Vaccine operations Central Provinces 1886-1899 - 1886-1899
Year: 1886
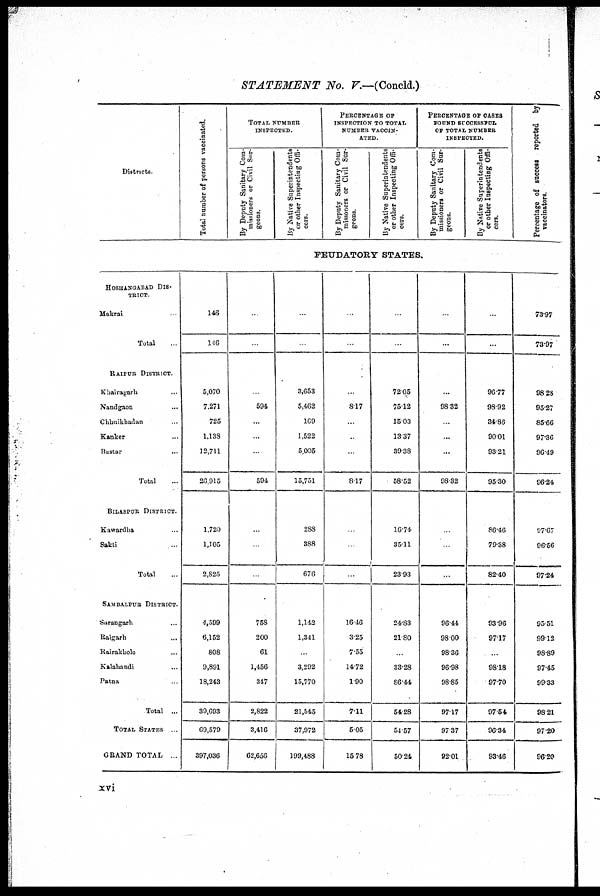
STATEMENT No. V.—(Concld.)
Districts
HOSHANGABAD DIS¬
TRICT.
Makrai ...
Total ...
RAIPUR DISTRICT.
Khairagarh ...
Nandgaon ...
Chhuikhadan ...
Kanker ...
Bastar ...
Total ...
BILASPUR DISTRICT.
Kawardha ...
Sakti ...
Total ...
SAMBALPUR DISTRICT.
Sarangarh ...
Raigarh ...
Rairakhole ...
Kalahandi ...
Patna ...
Total ...
TOTAL STATES . .
GRAND TOTAL ...
Total number of persons vaccinated.
TOTAL NUMBER
INSPECTED.
By Deputy Sanitary Com-
missioners or Civil Sur-
geons.
By Native Superintendents
or other Inspecting Offi¬
cers.
PERCENTAGE OF
INSPECTION TO TOTAL
NUMBER VACCIN-
ATED.
By Deputy Sanitary Com¬
missoners or Civil Sur-
geons.
By Native Superintendents
or other Inspecting Offi-
cers.
PERCENTAGE OF CASES
FOUND SUCCESSFUL
OF TOTAL NUMBER
INSPECTED.
By Deputy Sanitary Com-
missioners or Civil Sur-
geons.
By Native Superintendents
or other Inspecting Offi-
cers.
Percentage of success reported by
vaccinators.
FEUDATORY STATES.
146
146
5,070
7,271
725
1,138
12,711
26,915
1,720
1,105
2,825
4,599
6,152
808
9,891
18,243
39,693
69,579
397,036
...
...
594
...
...
...
594
...
...
...
758
200
61
1,456
347
2,822
3,416
62,656
...
...
3,653
5,462
109
1,522
5,005
15,751
288
388
676
1,142
1,341
...
3,292
15,770
21,545
37,972
199,488
...
...
...
817
...
...
...
8.17
...
...
...
16.46
3.25
7.55
14.72
1.90
7.11
5.05
15.78
...
...
72.05
75.12
15.03
13.37
39.38
58.52
16.74
35.11
23.93
24.83
21.80
...
33.28
86.44
54.28
54.57
50.24
...
...
...
98.32
...
...
...
98.32
...
...
...
96.44
98.00
98.36
96.98
98.85
97.17
97.37
92.01
...
...
96.77
98.92
34.86
90.01
93.21
95.30
86.46
79.38
82.40
93.96
97.17
...
98.18
97.70
97.54
96.34
93.46
73.97
73.97
98.28
95.27
85.66
97.36
96.49
96.24
97.67
96.56
97.24
95.51
99.12
98.89
97.45
99.33
98.21
97.20
96.20
xvi